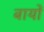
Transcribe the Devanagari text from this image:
बायों